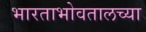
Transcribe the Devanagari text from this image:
भारताभोवतालच्या